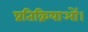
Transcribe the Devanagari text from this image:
प्रतिक्रियाओं।